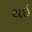
થઇ